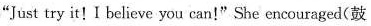
"Just try it!I believe you can!"She encouraged(鼓